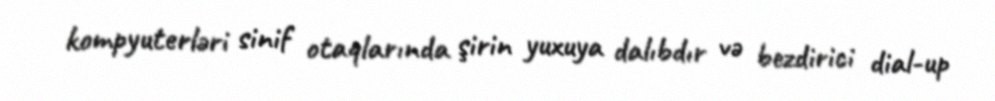
kompyuterləri sinif otaqlarında şirin yuxuya dalıbdır və bezdirici dial-up